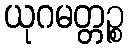
ယုဂမတ္တဉ္စ